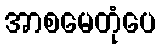
အာစမေတုံပေ